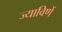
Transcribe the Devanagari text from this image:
ज्याविणें